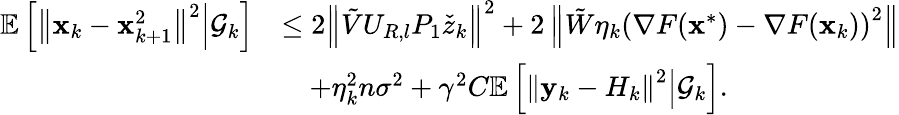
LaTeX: \begin{array}{rl}{\mathbb{E}\left[\left\Vert\mathbf{x}_{k}-\mathbf{x}_{k+1}^{2}\right\Vert^{2}\middle|\mathcal{G}_{k}\right]}&{\leq 2\left\Vert\tilde{V}U_{R,l}P_{1}\check{z}_{k}\right\Vert^{2}+2\left\Vert\tilde{W}\eta_{k}\left(\nabla F(\mathbf{x}^{*})-\nabla F(\mathbf{x}_{k})\right)^{2}\right\Vert}\\ &{\quad+\eta_{k}^{2}n\sigma^{2}+\gamma^{2}C\mathbb{E}\left[\left\Vert\mathbf{y}_{k}-H_{k}\right\Vert^{2}\middle|\mathcal{G}_{k}\right].}\end{array}